65_HS1-834228961_62-HQ-83894_Section_7
Agency: FBI
Page 73
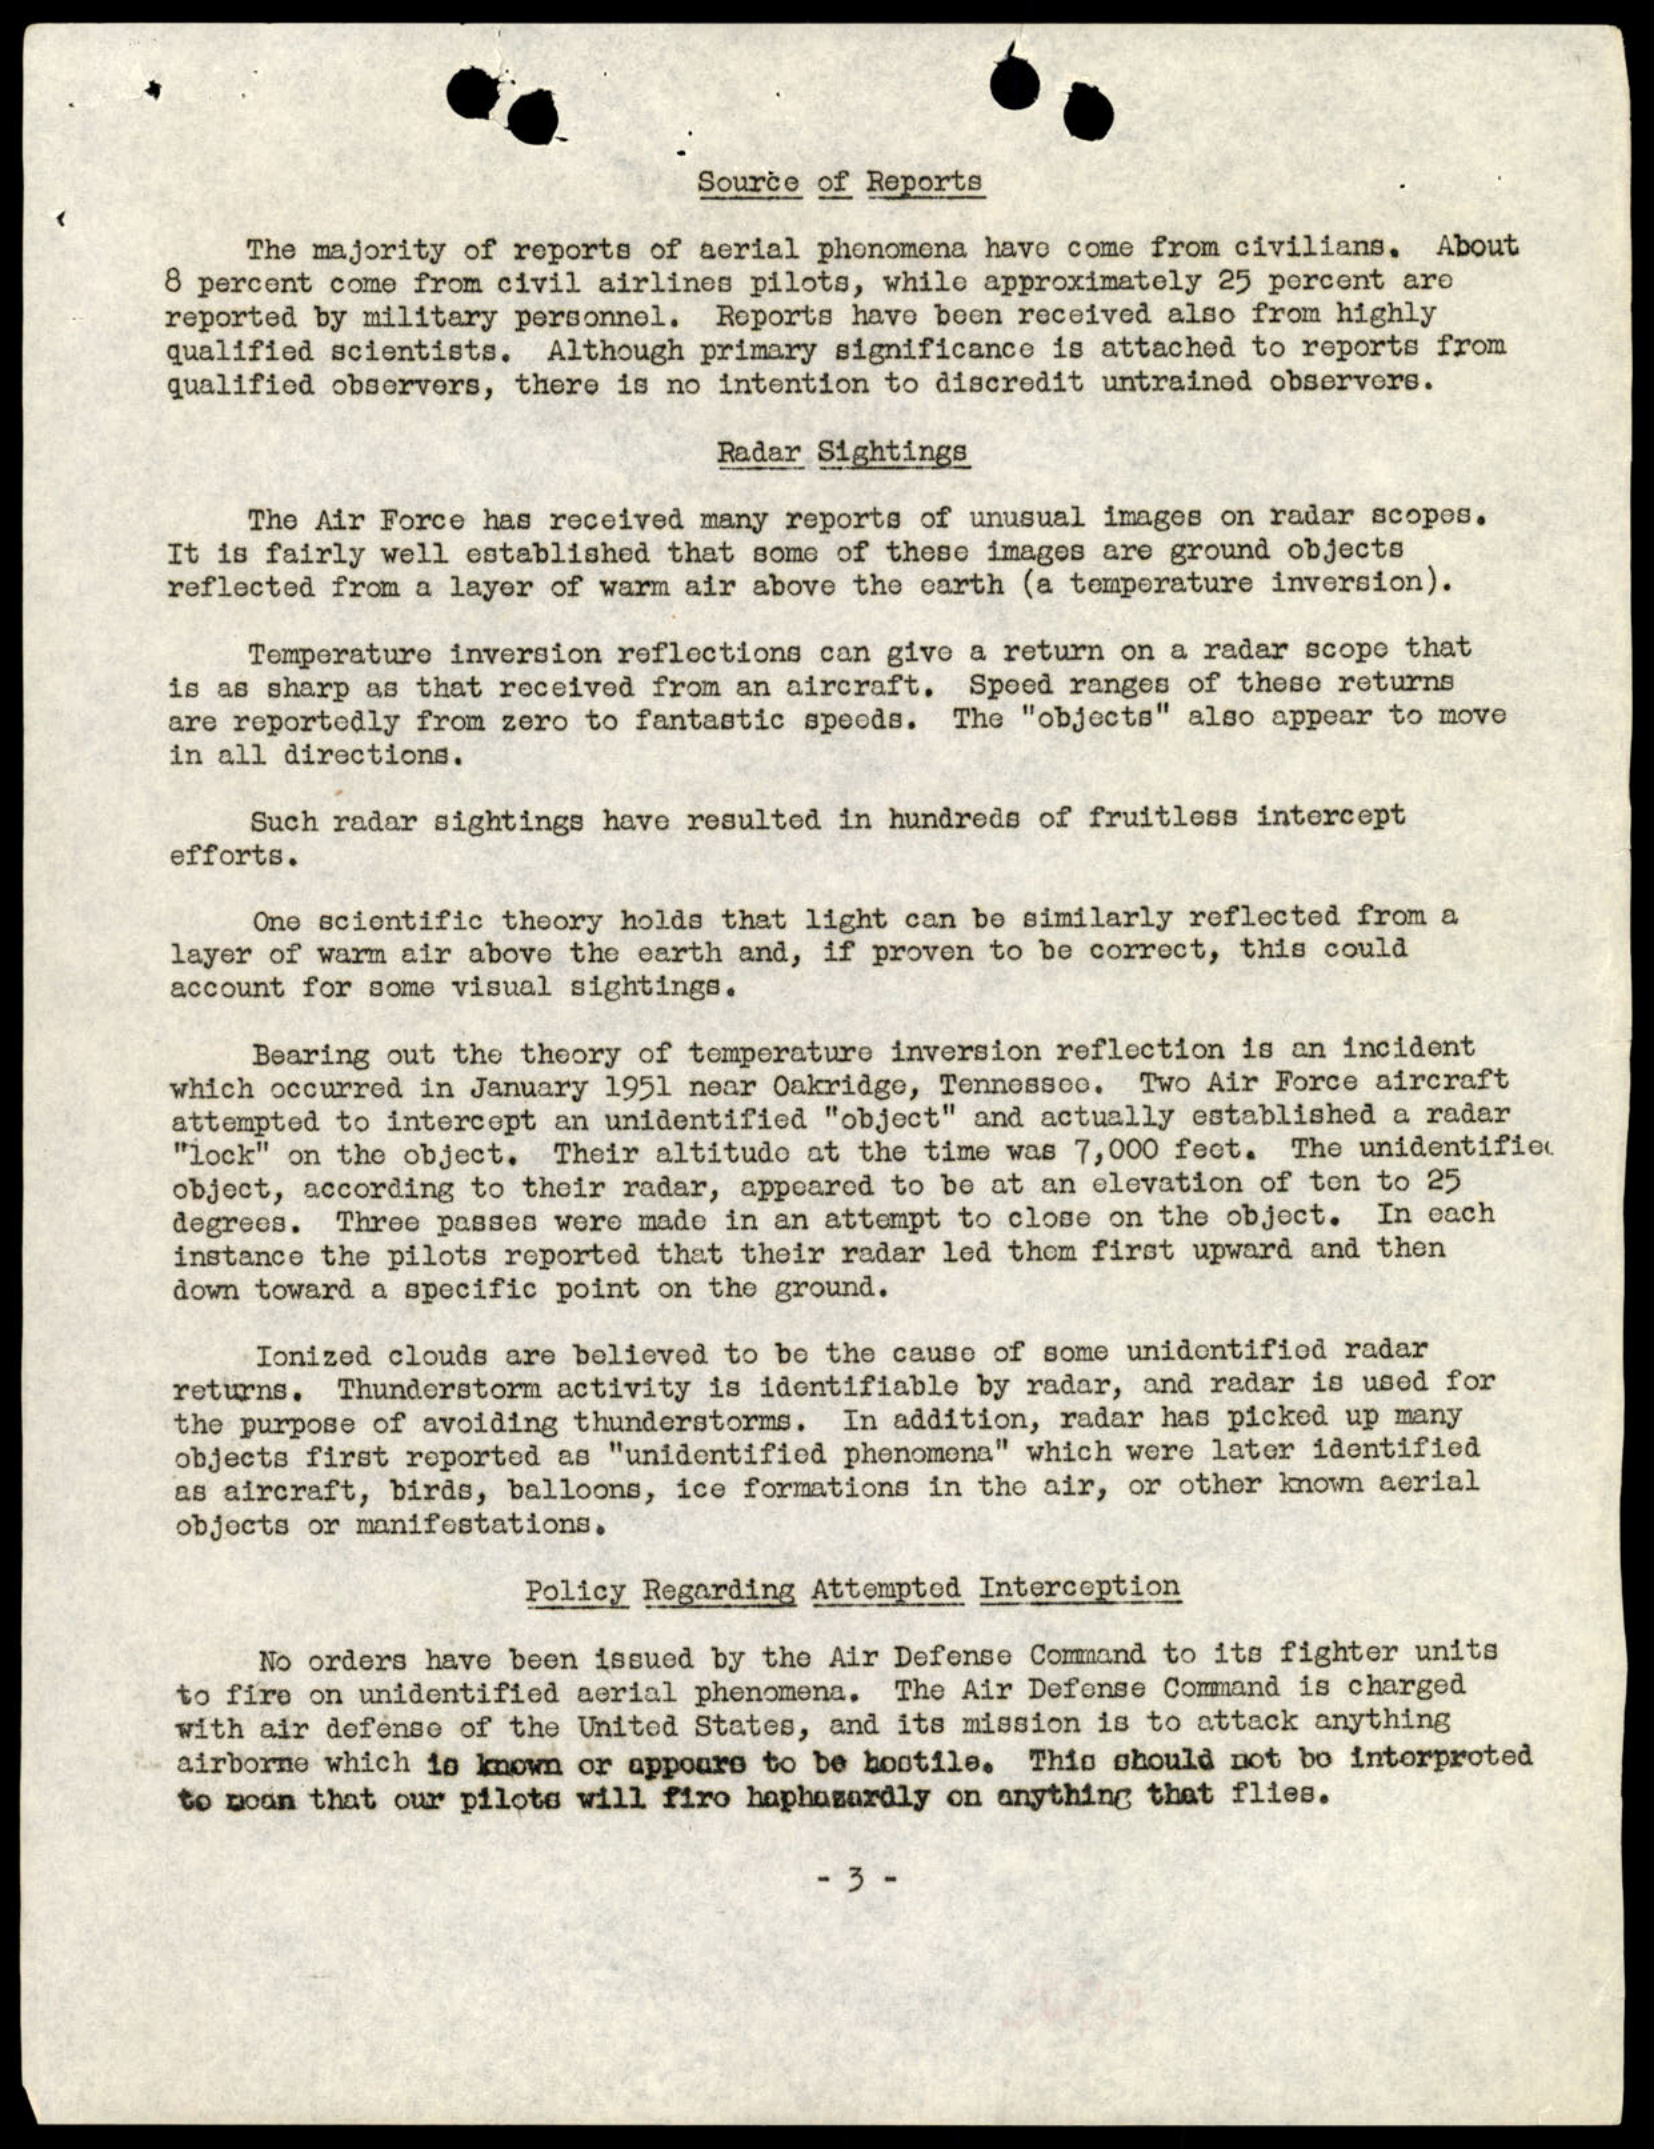